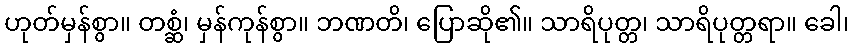
ဟုတ်မှန်စွာ။ တစ္ဆံ၊ မှန်ကုန်စွာ။ ဘဏတိ၊ ပြောဆို၏။ သာရိပုတ္တ၊ သာရိပုတ္တရာ။ ခေါ၊